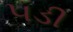
૫ડી